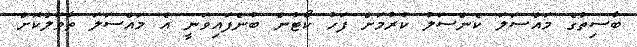
ބާސިތުގެ މައްސަލަ ކެންސަލު ކުރުމަށް ފަހު ކޯޓުން ބުނެފައިވަނީ އެ މައްސަލަ ތާވަލްކޮށް